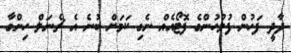
ދާދީ ފަހުން ފުލުހުންގެ ފޮޓޯއެއް ނެގި ކަމަށް ބުނެ އެ ޗެނަލް ހިންގާ